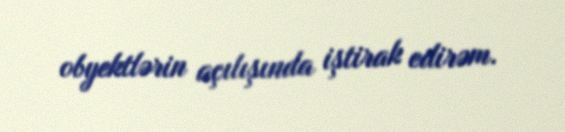
obyektlərin açılışında iştirak edirəm.